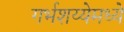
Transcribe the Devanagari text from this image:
गर्भशय्येमध्ये